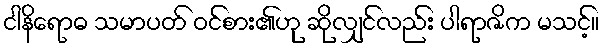
ငါနိရောဓ သမာပတ် ဝင်စား၏ဟု ဆိုလျှင်လည်း ပါရာဇိက မသင့်။